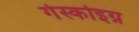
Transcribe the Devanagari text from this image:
गेस्कोइग्न